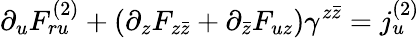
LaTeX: \partial_{u}F_{ru}^{(2)}+(\partial_{z}F_{z\bar{z}}+\partial_{\bar{z}}F_{uz})\gamma^{z\bar{z}}=j_{u}^{(2)}